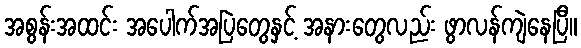
အစွန်းအထင်း အပေါက်အပြဲတွေနှင့် အနားတွေလည်း ဖွာလန်ကျဲနေပြီ။